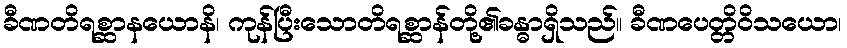
ခီဏတိရစ္ဆာနယောနိ၊ ကုန်ပြီးသောတိရစ္ဆာန်တို့၏ခန္ဓာရှိသည်။ ခီဏပေတ္တိဝိသယော၊